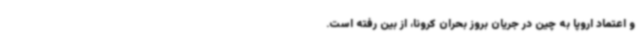
و اعتماد اروپا به چین در جریان بروز بحران کرونا، از بین رفته است.